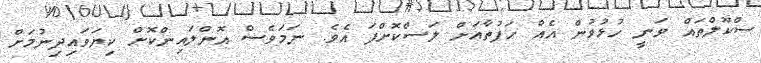
ސްކޫލްތައް ވަނީ ހުޅުވުން އެއް ހަފުތާއަށް ލަސްކޮށްފަ އެވެ. ނަމަވެސް އޮންލައިންކޮށް ކިޔަވައިދިނުމަށް